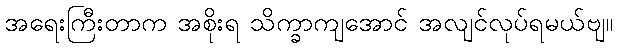
အရေးကြီးတာက အစိုးရ သိက္ခာကျအောင် အလျင်လုပ်ရမယ်ဗျ။